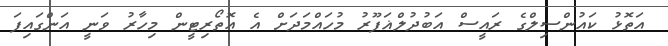
އަތޮޅު ކައުންސިލްގެ ރައީސް އަބުދުލްޣަފޫރު މުހައްމަދަށް އެ އޮތޯރިޓީން މިހާރު ވަނީ އަންގައިފަ